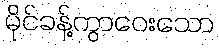
မိုင်ခန့်ကွာဝေးသော